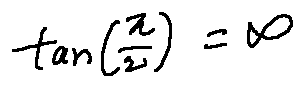
\tan ( \frac { \pi } { 2 } ) = \infty